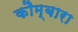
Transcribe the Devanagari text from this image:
कौम्बारा